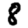
Digit: 8